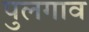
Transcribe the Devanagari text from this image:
पुलगाव